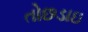
તોછડાઇ